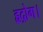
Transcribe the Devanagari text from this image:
हृद्रोग।